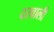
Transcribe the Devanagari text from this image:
दरवाली